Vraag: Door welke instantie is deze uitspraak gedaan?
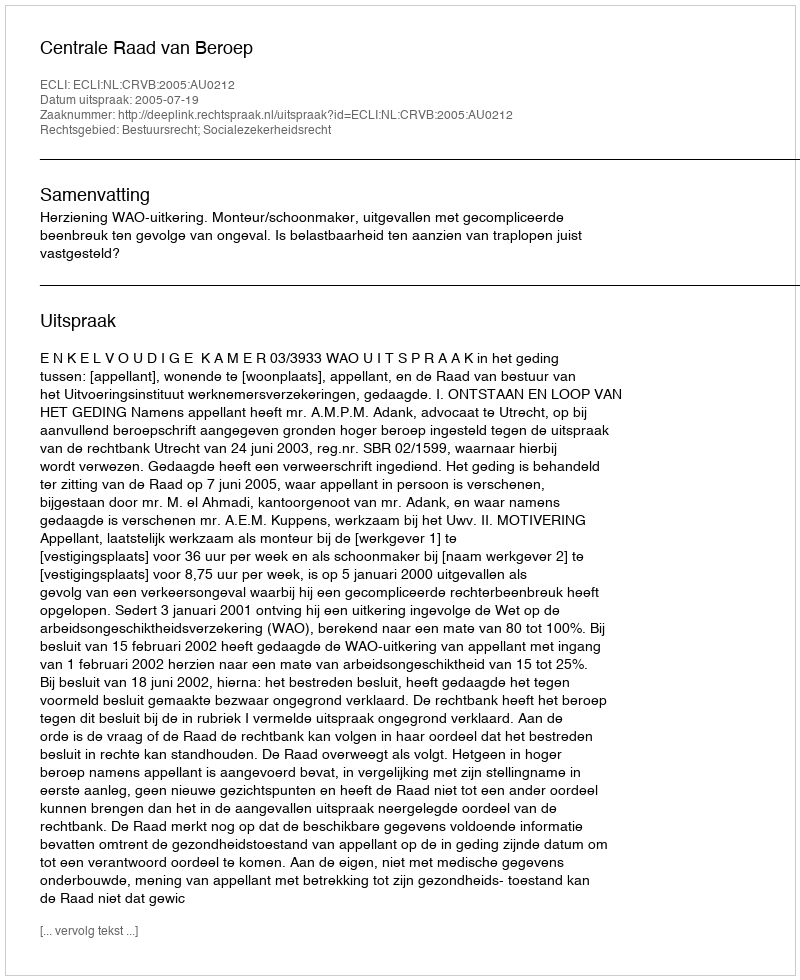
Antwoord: Centrale Raad van Beroep